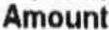
AMOUNT